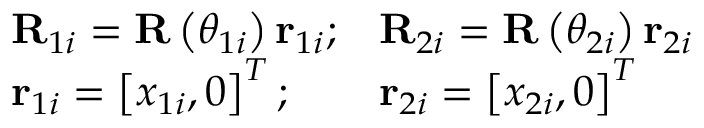
\begin{array} { r } { \begin{array} { l l l } { \mathbf { R } _ { 1 i } = \mathbf { R } \left( \theta _ { 1 i } \right) \mathbf { r } _ { 1 i } ; } & { \mathbf { R } _ { 2 i } = \mathbf { R } \left( \theta _ { 2 i } \right) \mathbf { r } _ { 2 i } } \\ { \mathbf { r } _ { 1 i } = \left[ x _ { 1 i } , 0 \right] ^ { T } ; } & { \mathbf { r } _ { 2 i } = \left[ x _ { 2 i } , 0 \right] ^ { T } } \end{array} } \end{array}